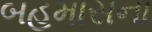
બહમાસના